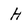
Character: H